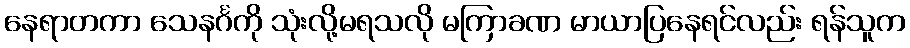
နေရာတကာ သေနင်္ဂကို သုံးလို့မရသလို မကြာခဏ မာယာပြနေရင်လည်း ရန်သူက